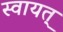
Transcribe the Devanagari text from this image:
स्वायत्